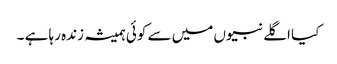
کیا اگلے نبیوں میں سے کوئی ہمیشہ زندہ رہا ہے ۔